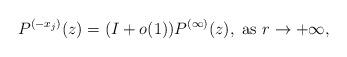
LaTeX: \begin{align*}P^{(-x_{j})}(z) = (I+o(1))P^{(\infty)}(z), \mbox{ as } r \to +\infty,\end{align*}